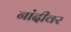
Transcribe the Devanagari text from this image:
नांदीवर